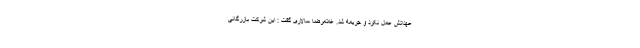
عهداتش عمل نکرد و جریمه شد. غلامرضا سالاری گفت : این شرکت بازرگانی